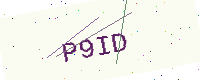
Text: P9ID